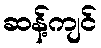
ဆန့်ကျင်